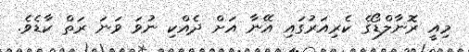
މިއީ ރޮނާލްޑޯގެ ކެރިއަރުގައި އޭނާ އަށް ދެއްކި ނުވަ ވަނަ ރަތް ކާޑެވެ.